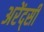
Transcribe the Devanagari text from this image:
अरेंद्सी